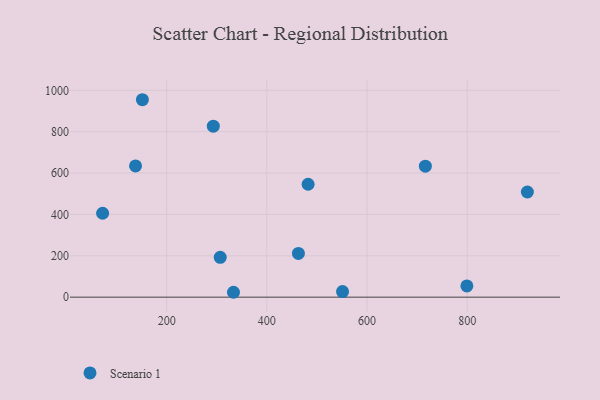
{"axis": {"x": "Speed", "y": "Exam Score"}, "legend": ["Scenario 1"], "data": [{"x": "920.2", "y": 508.5, "type": "Scenario 1"}, {"x": "482.4", "y": 545.8, "type": "Scenario 1"}, {"x": "551.1", "y": 27.2, "type": "Scenario 1"}, {"x": "463.0", "y": 211.2, "type": "Scenario 1"}, {"x": "716.5", "y": 633.3, "type": "Scenario 1"}, {"x": "333.4", "y": 23.6, "type": "Scenario 1"}, {"x": "72.1", "y": 405.6, "type": "Scenario 1"}, {"x": "799.4", "y": 54.2, "type": "Scenario 1"}, {"x": "151.5", "y": 954.5, "type": "Scenario 1"}, {"x": "306.9", "y": 192.6, "type": "Scenario 1"}, {"x": "293.1", "y": 826.5, "type": "Scenario 1"}, {"x": "137.8", "y": 634.6, "type": "Scenario 1"}]}